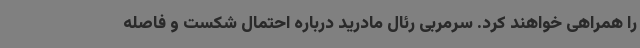
را همراهی خواهند کرد. سرمربی رئال مادرید درباره احتمال شکست و فاصله